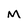
Character: M